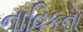
નાવિકના